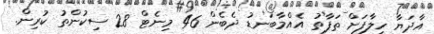
އާދަޔާ ހިލާފަށް ތަފާތު އެއްމާބަނޑު ދެބެން 46 މިނެޓް 28 ސިކުންތު ކުރިން.